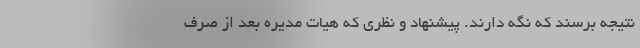
نتیجه برسند که نگه دارند. پیشنهاد و نظری که هیات مدیره بعد از صرف